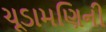
ચૂડામણિની